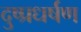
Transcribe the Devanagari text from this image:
दुष्प्रधर्षण